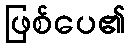
ဖြစ်ပေ၏